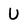
Character: U